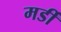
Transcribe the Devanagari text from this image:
मर्डी